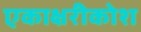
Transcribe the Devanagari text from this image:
एकाक्षरीकोश